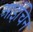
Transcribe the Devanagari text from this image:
आईचिन